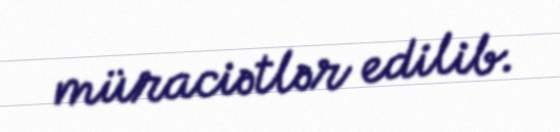
müraciətlər edilib.